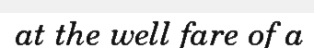
at the well fare of a